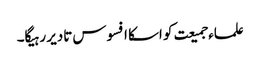
علماء جمیعت کو اسکا افسوس تادیر رہیگا۔